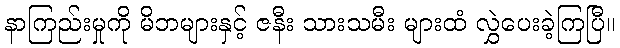
နာကြည်းမှုကို မိဘများနှင့် ဇနီး သားသမီး များထံ လွှဲပေးခဲ့ကြပြီ။